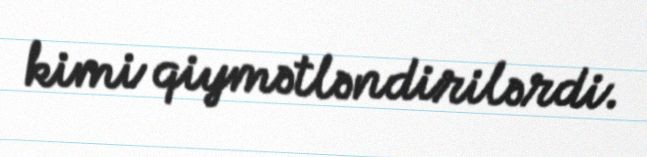
kimi qiymətləndirilərdi.